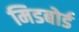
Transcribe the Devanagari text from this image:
मिडबोर्ड